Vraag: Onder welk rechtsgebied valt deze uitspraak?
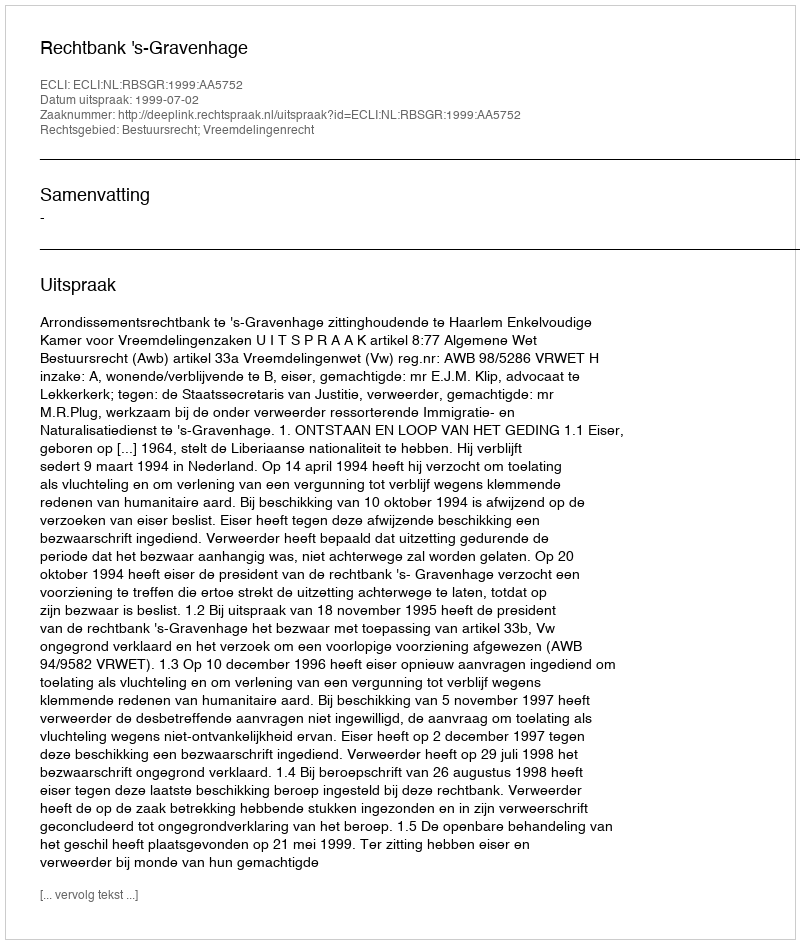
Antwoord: Bestuursrecht; Vreemdelingenrecht